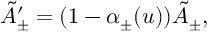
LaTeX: \tilde { A } _ { \pm } ^ { \prime } = ( 1 - \alpha _ { \pm } ( u ) ) \tilde { A } _ { \pm } ,